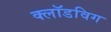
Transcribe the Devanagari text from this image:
क्लॉडविग